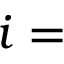
i =